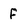
Character: f